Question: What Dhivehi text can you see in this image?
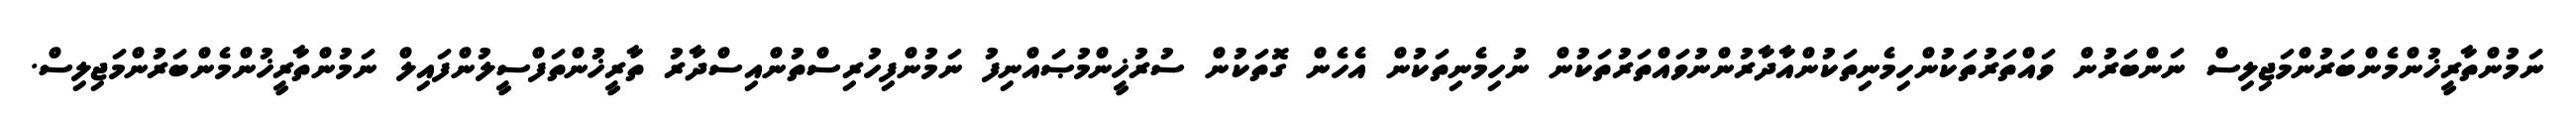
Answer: ނަމުންތާރީޚުންމެންބަރުންމަޖިލިސް ނަންބަރުން ވައްތަރުތަކުންހިމެނިތަކުންއާދާރުންނުވައްތަރުތަކުން ނުހިމެނިތަކުން އެހެން ގޮތަކުން ސުރުޚީންމުޞައްނިފު ނަމުންފިހުރިސްތުންއިސްދާރު ތާރީޚުންތަފްސީލުންފައިލް ނަމުންތާރީޚުންމެންބަރުންމަޖިލިސް.